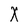
Character: X